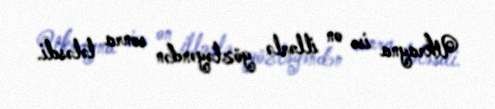
Ukrayna isə on illərlə gözləyəndən sonra tələsdi.